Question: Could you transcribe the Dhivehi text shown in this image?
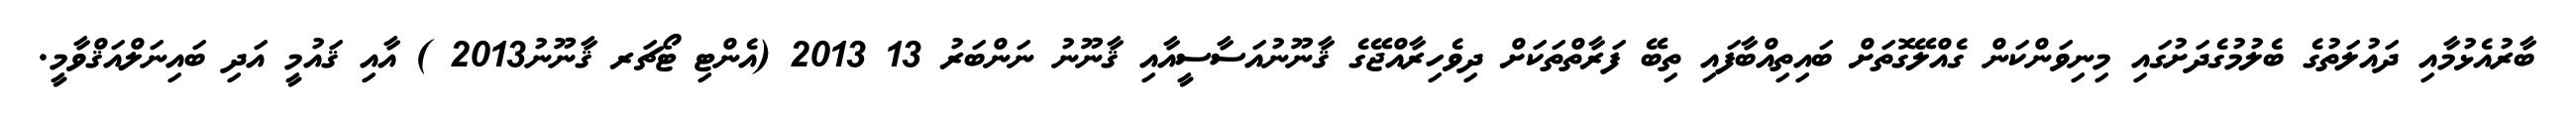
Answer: ބާރުއެޅުމާއި ދައުލަތުގެ ބެލުމުގެދަށުގައި މިނިވަންކަން ގެއްލޭގޮތަށް ބައިތިއްބާފައި ތިބޭ ފަރާތްތަކަށް ދިވެހިރާއްޖޭގެ ޤާނޫނުއަސާސީއާއި ޤާނޫނު ނަންބަރު 13 2013 (އެންޓި ޓޯޗަރ ޤާނޫނު2013 ) އާއި ޤައުމީ އަދި ބައިނަލްއަޤްވާމީ.